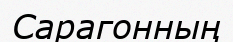
Сарагонның